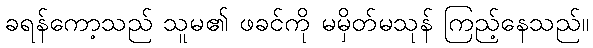
ခရန်ကော့သည် သူမ၏ ဖခင်ကို မမှိတ်မသုန် ကြည့်နေသည်။